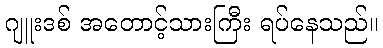
ဂျူးဒစ် အတောင့်သားကြီး ရပ်နေသည်။